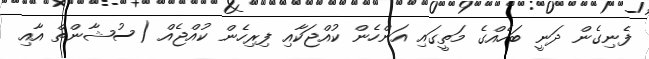
ފެނިގެން ދަނީ ބަހެއްގެ މަތީގައި އަންހެން ކުއްޖަކާއި ފިރިހެން ކުއްޖެއް (ސުޝާންތް އާއި